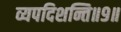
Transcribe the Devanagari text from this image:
व्यपदिशन्ति॥९॥